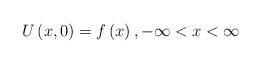
LaTeX: \begin{align*}U\left( x,0\right) =f\left( x\right) ,-\infty <x<\infty\end{align*}